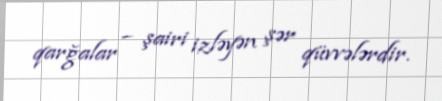
qarğalar – şairi izləyən şər qüvvələrdir.